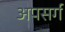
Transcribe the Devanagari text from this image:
अपसर्ग